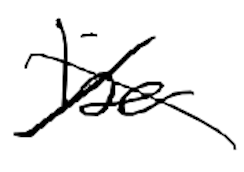
Text: be
Cross-out: cross
Writing tool: digital_black